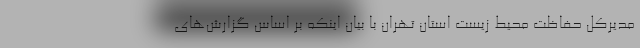
مدیرکل حفاظت محیط زیست استان تهران با بیان اینکه بر اساس گزارش‌های